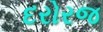
દરોરજ